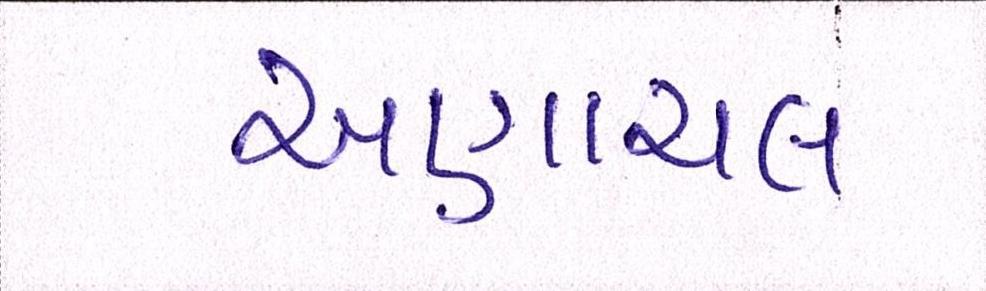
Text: અણાચલ